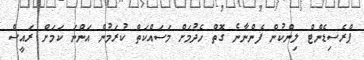
ޕްރެސިޑެންޓް ލިންކުން ފެންނާނެ ގޮތް ހެދުމަށް މަސައްކަތް ކުރަމުން އަންނަ ކަމަށް ރައީސް